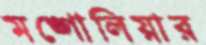
মঙ্গোলিয়ার